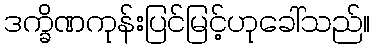
ဒက္ခိဏကုန်းပြင်မြင့်ဟုခေါ်သည်။